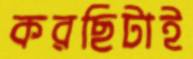
করছিটাই